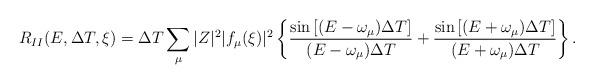
LaTeX: \begin{align*}R_{II}(E,\Delta T,\xi) = \Delta T \sum_{\mu}|Z|^{2}|f_{\mu}(\xi)|^{2}\left\{\frac{\sin\left[(E-\omega_{\mu})\Delta T\right]}{(E-\omega_{\mu})\Delta T}+\frac{\sin\left[(E+\omega_{\mu})\Delta T\right]}{(E+\omega_{\mu})\Delta T}\right\}. \end{align*}